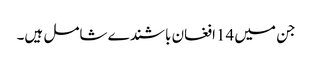
جن میں 14افغان باشندے شامل ہیں۔